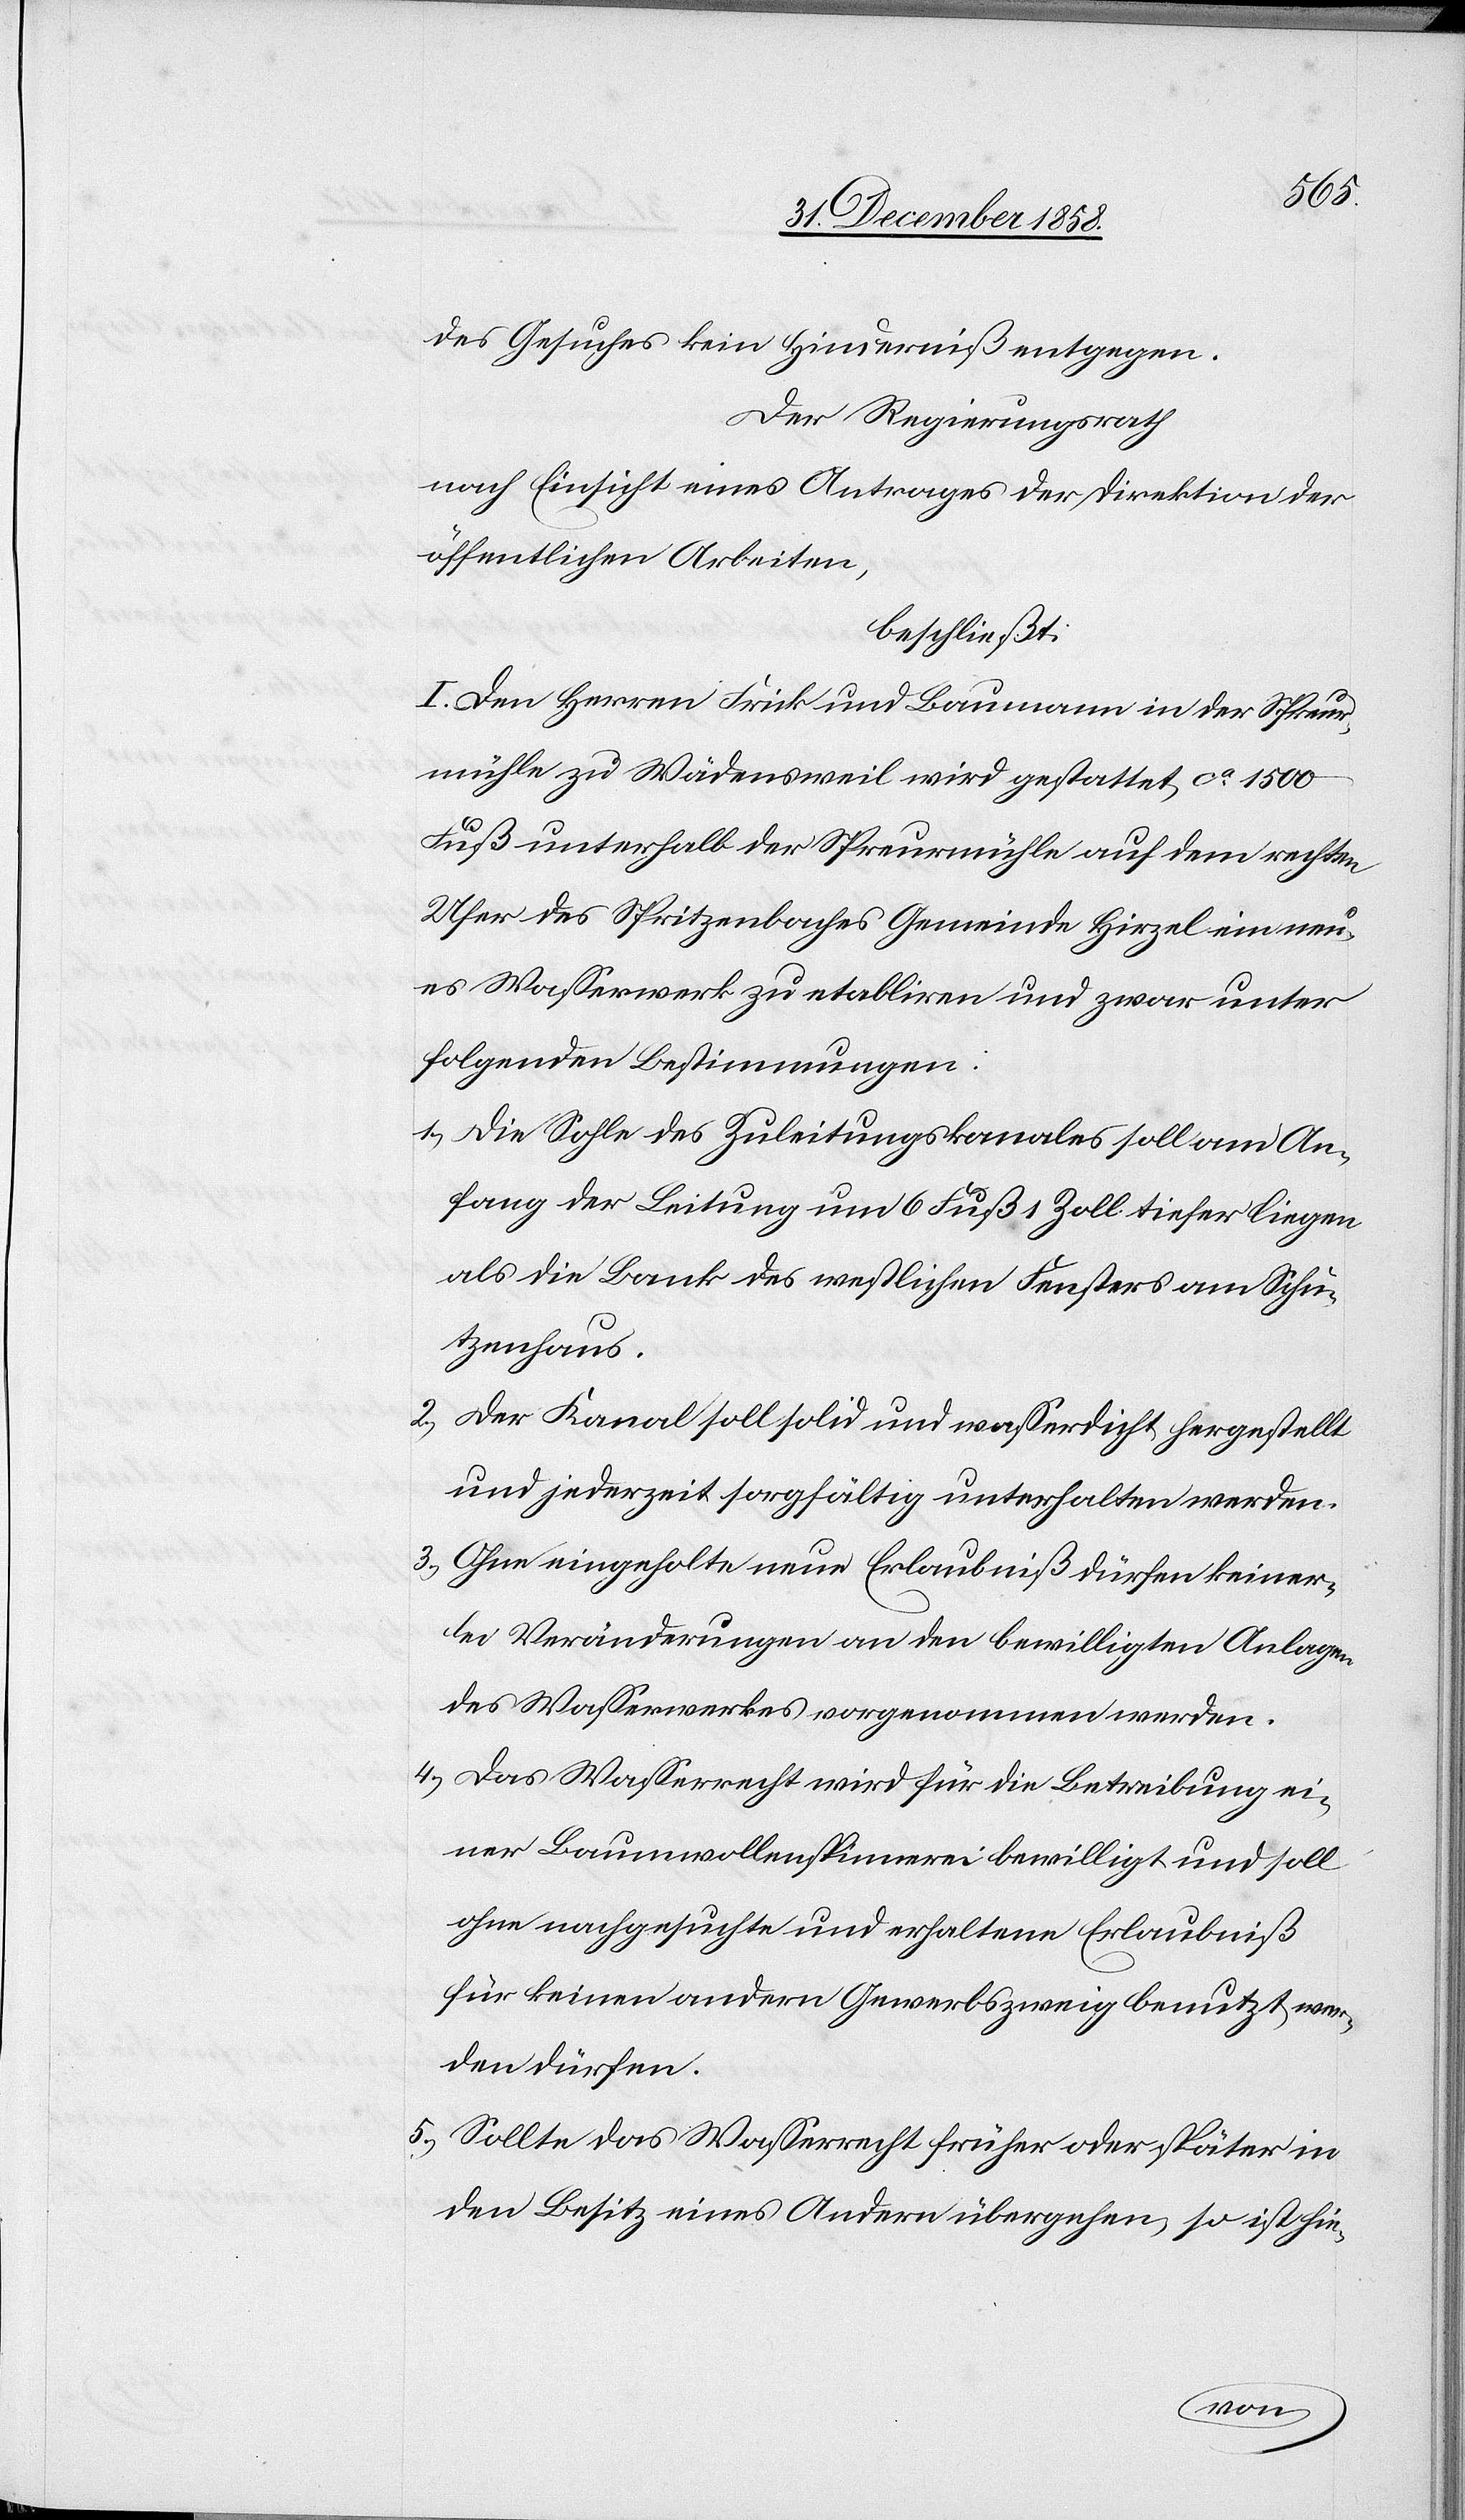
598
seien.